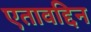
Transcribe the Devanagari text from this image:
एतावद्दिन